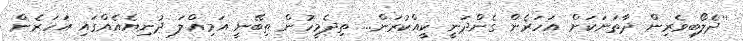
''ދެލޯބިވެރިން ދާތަނަކަށް އަހަރެން ގެންދަނީ ކީއްކުރަން... ތިދެމީހުން ތިބޭނީ އަމިއްލަ ދުނިޔެއެއްގައި އަހަރެން